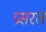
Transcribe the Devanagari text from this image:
प्रसरत